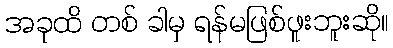
အခုထိ တစ် ခါမှ ရန်မဖြစ်ဖူးဘူးဆို။